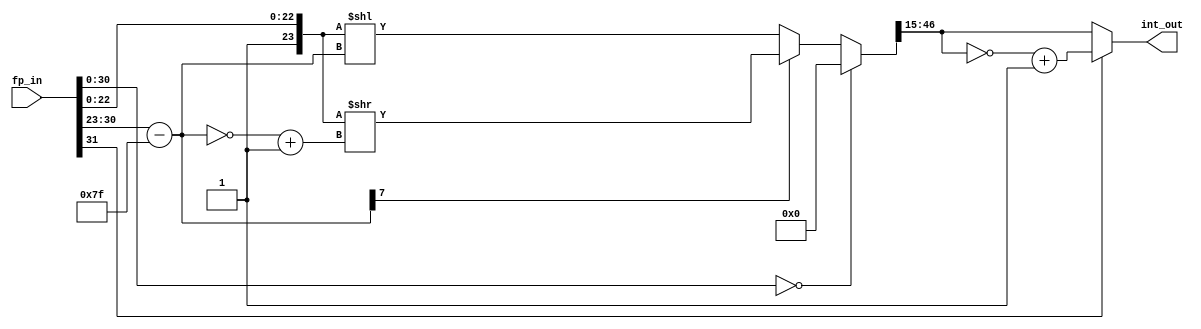
module flt_fx_24p8
	(
	input	[31:0]	fp_in,         
	output reg [31:0] int_out      
	);
wire    [7:0]   bias_exp;       
wire    [7:0]   bias_exp2;      
wire    [39:0]  fixed_out2;     
wire    [47:0]  bias_mant;      
reg     [47:0]  int_fixed_out;
reg    [31:0]  fixed_out;
assign bias_mant = {25'h0001, fp_in[22:0]};
assign bias_exp = fp_in[30:23] - 8'd127;
assign bias_exp2 = ~bias_exp + 8'h1;
always @* begin
  	if (fp_in[30:0] == 31'b0) int_fixed_out = 0;
	else if (bias_exp[7]) int_fixed_out = bias_mant >> bias_exp2;
	else int_fixed_out = bias_mant << bias_exp;
	fixed_out = int_fixed_out[46:15];
	int_out = (fp_in[31]) ? ~fixed_out + 1 : fixed_out;
end
endmodule